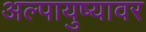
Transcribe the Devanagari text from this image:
अल्पायुष्यावर